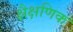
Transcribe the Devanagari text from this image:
क्षैक्षणिक